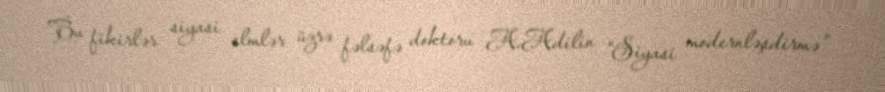
Bu fikirlər siyasi elmlər üzrə fəlsəfə doktoru A.Adilin “Siyasi modernləşdirmə”